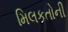
મિલકતોની